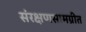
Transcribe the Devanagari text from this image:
संरक्षणसामग्रीत